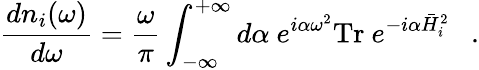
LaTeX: {\frac{dn_{i}(\omega)}{d\omega}}={\frac{\omega}{\pi}}\int_{-\infty}^{+\infty}d\alpha~e^{i\alpha\omega^{2}}\mathrm{Tr}~e^{-i\alpha\bar{H}_{i}^{2}}~~~.